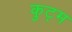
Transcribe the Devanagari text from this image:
कुट्म